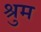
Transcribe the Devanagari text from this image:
श्रुम